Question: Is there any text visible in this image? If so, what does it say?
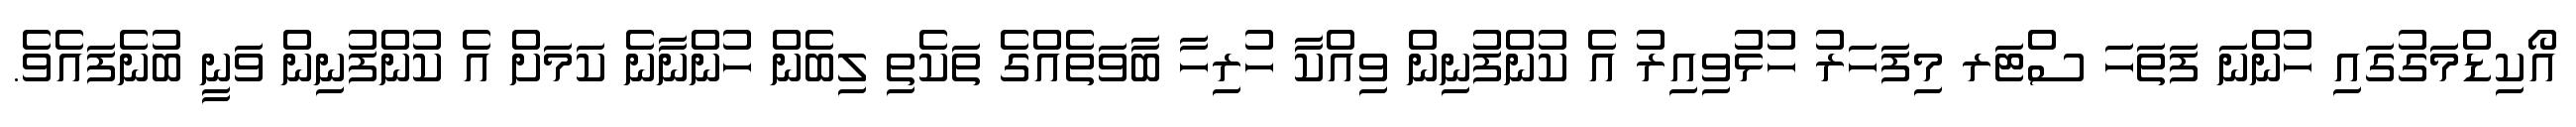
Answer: އޯކިޑްމަގުގައި ހުންނަ ފަތަހަ ސްޓަރ މިފަހަރު ހުޅުވިއިރު އެ ކުންފުނިން ވިއްކާ ހުރިހާ ބާވަތެއްގެ ތަކެތި ލިބެން ހުންނާނެ ކަމަށް އެ ކުންފުނިން ވަނީ ބުނެފައެވެ.